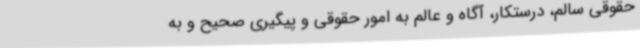
حقوقی سالم، درستکار، آگاه و عالم به امور حقوقی و پیگیری صحیح و به